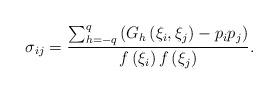
LaTeX: \begin{align*}\sigma_{ij}=\dfrac{\sum_{h=-q}^{q}\left( G_{h}\left( \xi _{i},\xi _{j}\right)-p_{i}p_{j}\right) }{f\left( \xi _{i}\right) f\left( \xi _{j}\right) }.\end{align*}